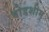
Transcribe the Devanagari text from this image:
षोडशीम्